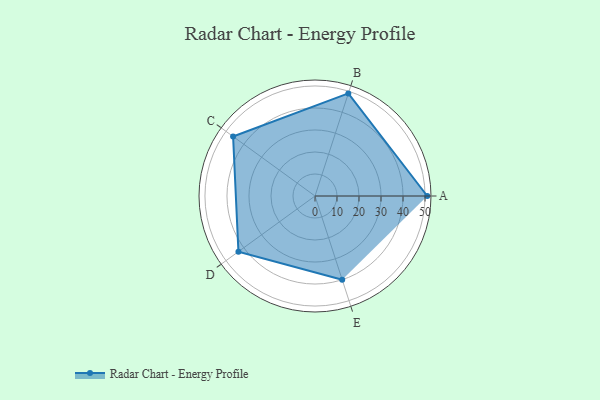
{"axis": {"x": "Skill", "y": "Score"}, "legend": ["Profile"], "data": [{"x": "A", "y": 51.0, "type": "Profile"}, {"x": "B", "y": 49.0, "type": "Profile"}, {"x": "C", "y": 46.0, "type": "Profile"}, {"x": "D", "y": 43.0, "type": "Profile"}, {"x": "E", "y": 40.0, "type": "Profile"}]}